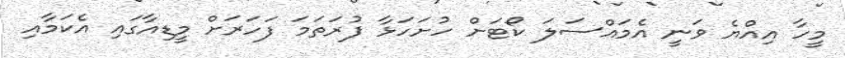
މީހާ އިއްޔެ ވަނީ އެމައްސަލަ ކޯޓަށް ހުށަހަޅާ ފުރަތަމަ ފަހަރަށް މީޑިއާގައި އެކަމާއި